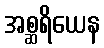
အစ္ဆရိယေန